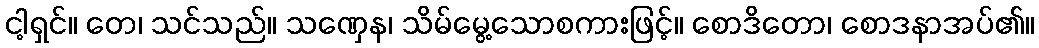
ငါ့ရှင်။ တေ၊ သင်သည်။ သဏှေန၊ သိမ်မွေ့သောစကားဖြင့်။ စောဒိတော၊ စောဒနာအပ်၏။